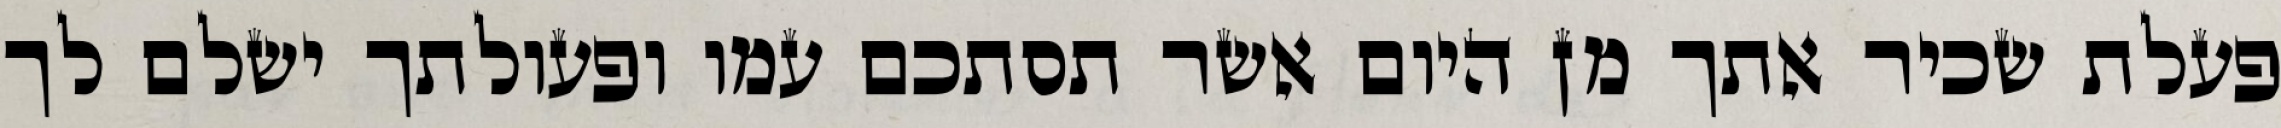
פעלת שכיר אתך מן היום אשר תסתכם עמו ופעולתך ישלם לך